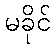
မခိုင်